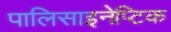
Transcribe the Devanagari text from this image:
पालिसाइनेप्टिक